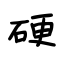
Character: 硬